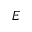
E